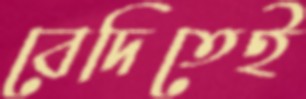
বেদিতেই